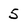
Character: 5